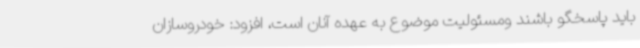
باید پاسخگو باشند ومسئولیت موضوع به عهده آنان است، افزود: خودروسازان